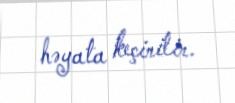
həyata keçirilir.